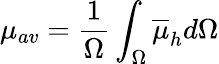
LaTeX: \mu_{av}=\frac{1}{\Omega}\int_{\Omega}\overline{{\mu}}_{h}d\Omega